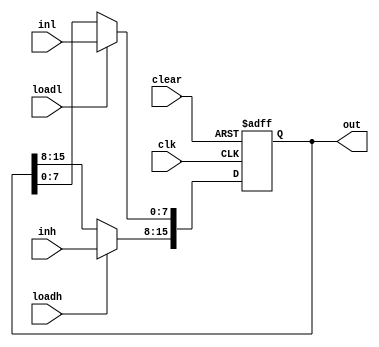
module register_hl # (parameter N = 16)
	(input clk,
	 input [N/2-1:0] inh,
	 input [N/2-1:0] inl,
	 input loadh,
	 input loadl,
	 input clear,
	 output reg [N-1:0] out
	);
	 always @ (posedge clk or posedge clear)
		if (clear)			out <= 0;
		else begin 
			if (loadh)	out[N-1:N/2] <= inh;
			if (loadl)	out[N/2-1:0] <= inl;
		end
endmodule